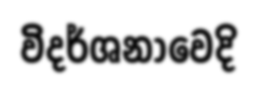
විදර්ශනාවෙදි